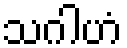
သဂါဟံ